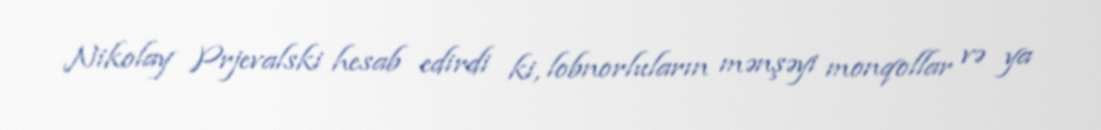
Nikolay Prjevalski hesab edirdi ki, lobnorluların mənşəyi monqollar və ya